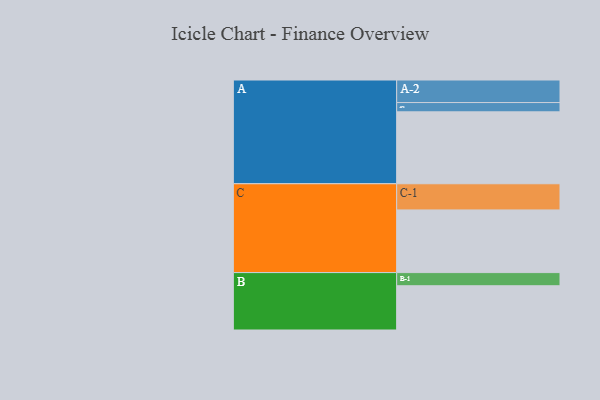
{"axis": {"x": "Segment", "y": "Value"}, "legend": ["", "A", "B", "C"], "data": [{"x": "A", "y": 574, "type": ""}, {"x": "B", "y": 353, "type": ""}, {"x": "C", "y": 500, "type": ""}, {"x": "A-1", "y": 74, "type": "A"}, {"x": "A-2", "y": 180, "type": "A"}, {"x": "B-1", "y": 105, "type": "B"}, {"x": "C-1", "y": 209, "type": "C"}]}